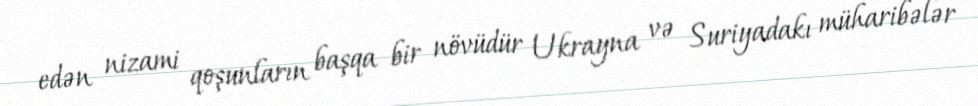
edən nizami qoşunların başqa bir növüdür Ukrayna və Suriyadakı müharibələr